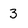
Character: 3